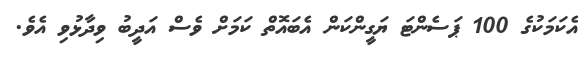
އެކަމަކުގެ 100 ޕަސެންޓަ ޔަގީންކަން އެބައޮތް ކަމަށް ވެސް އަދީބު ވިދާޅުވި އެވެ.